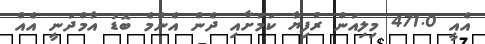
އެއީ 471.0 މިލިއަން ރުފިޔާ ކަމަށާއި ދެން އެންމެ ބޮޑު އާމްދަނީ އެއް